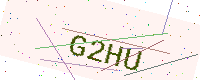
Text: G2HU